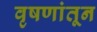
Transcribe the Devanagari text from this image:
वृषणांतून